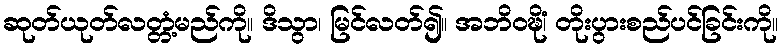
ဆုတ်ယုတ်လတ္တံ့မည်ကို။ ဒိသွာ၊ မြင်လတ်၍။ အဘိဝဍ္ဎိံ၊ တိုးပွားစည်ပင်ခြင်းကို။